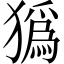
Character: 㺔